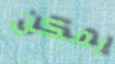
يمكن